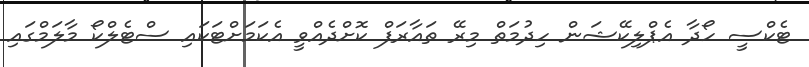
ޓެކްސީ ހޯދާ އެޕްލިކޭޝަން ހިދުމަތް މިރޭ ތައާރަފް ކޮށްދެއްވީ އެކަމަށްޓަކައި ސްޓެލްކޯ މާލަމްގައި